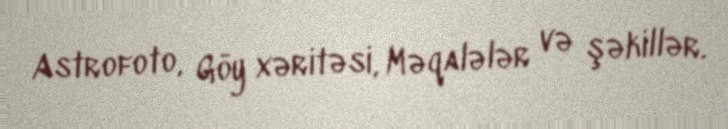
Astrofoto, Göy xəritəsi, Məqalələr və şəkillər.